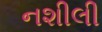
નશીલી